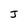
Character: J